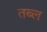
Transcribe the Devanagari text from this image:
तब्ल